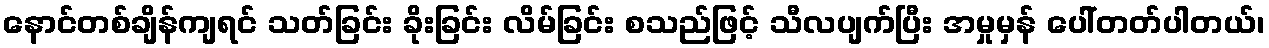
နောင်တစ်ချိန်ကျရင် သတ်ခြင်း ခိုးခြင်း လိမ်ခြင်း စသည်ဖြင့် သီလပျက်ပြီး အမှုမှန် ပေါ်တတ်ပါတယ်၊